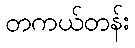
တကယ်တန်း